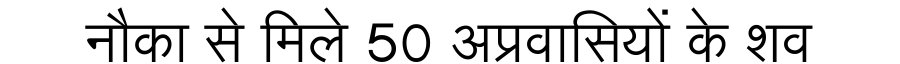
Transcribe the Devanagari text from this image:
नौका से मिले 50 अप्रवासियों के शव